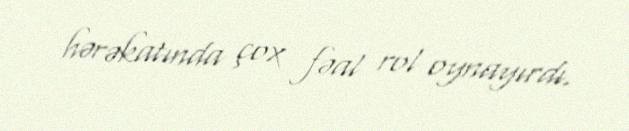
hərəkatında çox fəal rol oynayırdı.